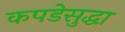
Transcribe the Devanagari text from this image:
कपडेसुद्धा